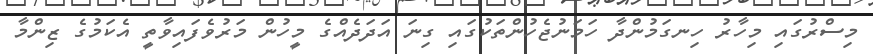
މިސްރުގައި މިހާރު ހިނގަމުންދާ ހަމަނުޖެހުންތަކުގައި ގިނަ އަދަދެއްގެ މީހުން މަރުވެފައިވާތީ އެކަމުގެ ޒިންމާ